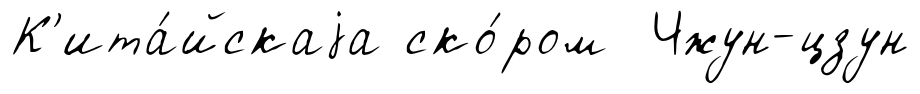
К'ита́йскаjа ско́ром Чжун-цзун